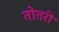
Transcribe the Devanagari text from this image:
तोतरी